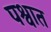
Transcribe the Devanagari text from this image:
पश्वात